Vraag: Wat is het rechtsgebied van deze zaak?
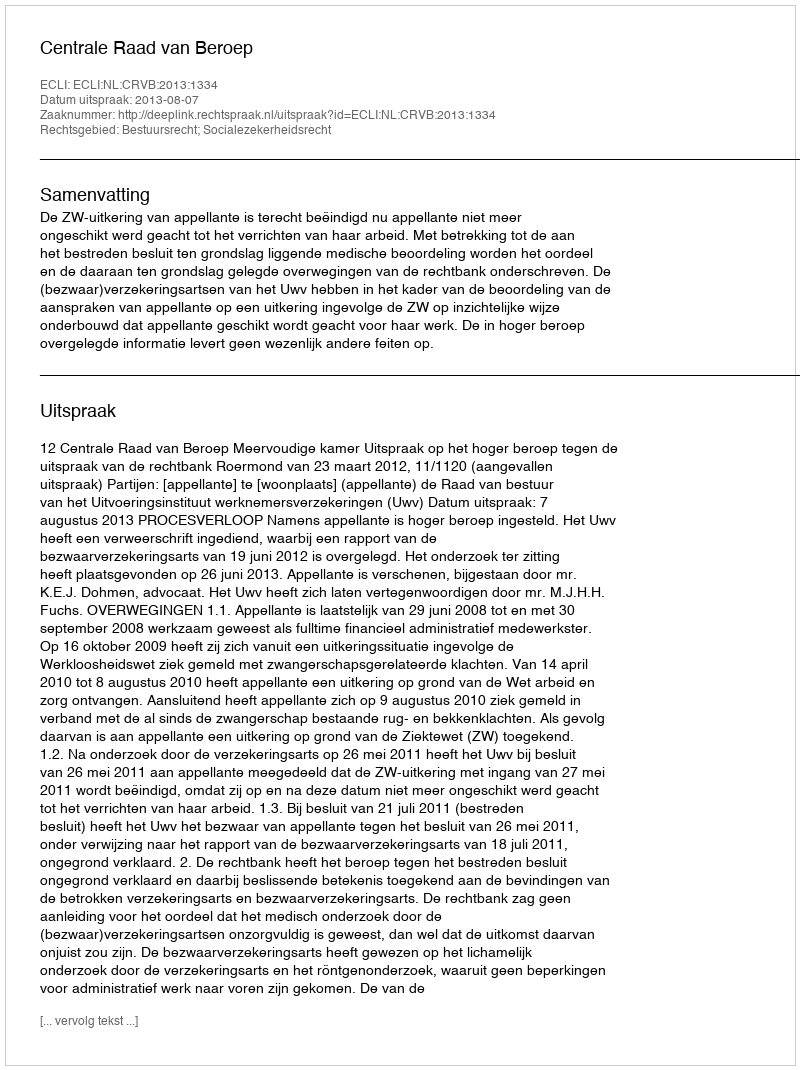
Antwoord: Bestuursrecht; Socialezekerheidsrecht